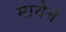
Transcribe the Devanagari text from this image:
मायेनं